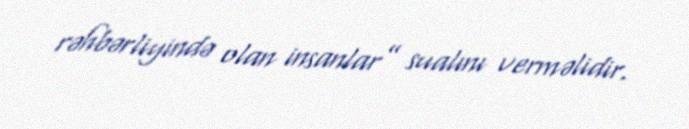
rəhbərliyində olan insanlar” sualını verməlidir.